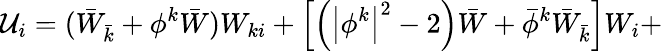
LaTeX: {\cal U}_{i}=(\bar{W}_{\bar{k}}+\phi^{k}\bar{W})W_{ki}+\left[\left(\left|\phi^{k}\right|^{2}-2\right)\bar{W}+\bar{\phi}^{k}\bar{W}_{\bar{k}}\right]W_{i}+